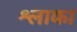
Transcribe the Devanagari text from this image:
श्लाका